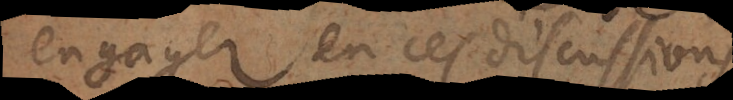
engager en ces discussion